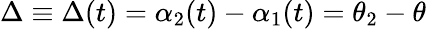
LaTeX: \Delta\equiv\Delta(t)=\alpha_{2}(t)-\alpha_{1}(t)=\theta_{2}-\theta